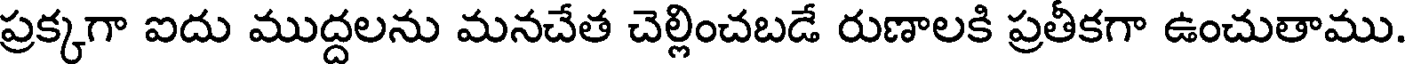
ప్రక్కగా ఐదు ముద్దలను మనచేత చెల్లించబడే రుణాలకి ప్రతీకగా ఉంచుతాము.